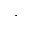
,